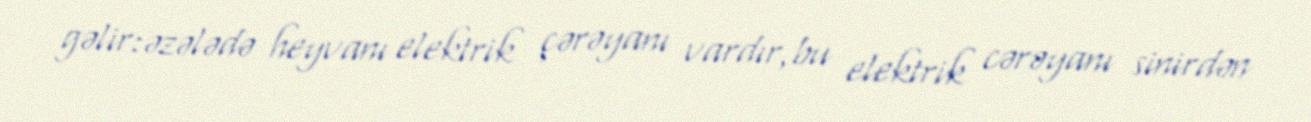
gəlir:əzələdə heyvanı elektrik çərəyanı vardır,bu elektrik cərəyanı sinirdən